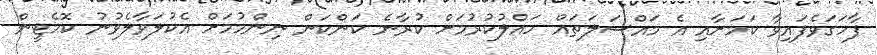
ފާހަގަވެފައިވާ ކަމަށާއި އެ މައްސަލަތައް ހައްލުކުރުމަށް ކުރާނެ ކަންކަން ނިންމުމަށް އެކުލަވާލެވުނު ކޮމެޓީން